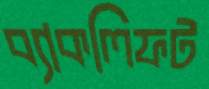
ব্যাকলিফট